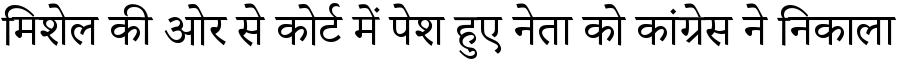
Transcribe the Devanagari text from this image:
मिशेल की ओर से कोर्ट में पेश हुए नेता को कांग्रेस ने निकाला